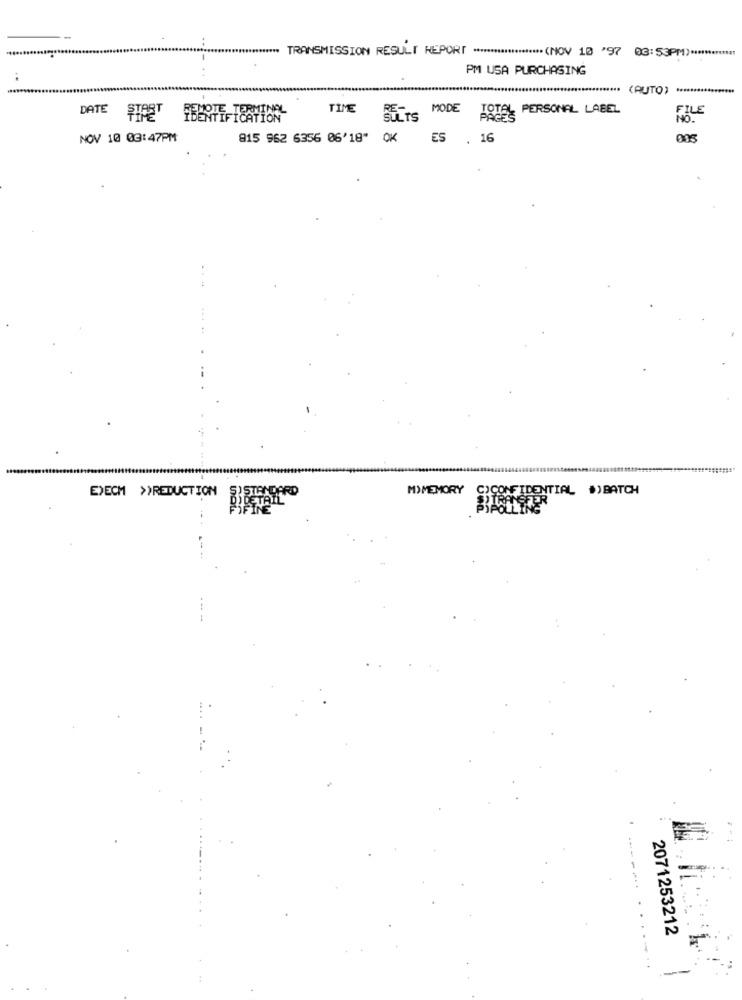
******** TRANSMISSION RESULT REPORT ******************** (NOV 10 '97 03:53PM) **********!!
++
PM USA PURCHASING
*************** (AUTO) ****
TIME
MODE
TOTAL PERSONAL LABEL
FILE
DATE STRET
NOV 10 03:47PM
815 962 6356 06'18" OK
ES . 16
MY MEMORY
C'CONFIDENTIAL #)BATCH
EXECM >>REDUCTION SISTANDARD
FIFINE
2071253212